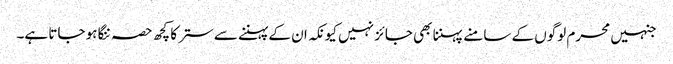
جنہیں محرم لوگوں کے سامنے پہننا بھی جائز نہیں کیونکہ ان کے پہننے سے ستر کا کچھ حصہ ننگا ہو جاتا ہے۔